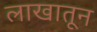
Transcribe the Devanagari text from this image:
लाखातून